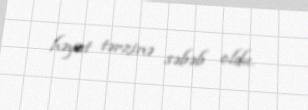
həyat tərzinə səbəb oldu.